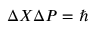
\Delta X \Delta P = \hbar